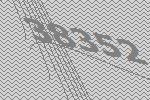
38352